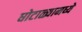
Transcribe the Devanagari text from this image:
घोटाळ्यामध्ये